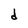
Character: d